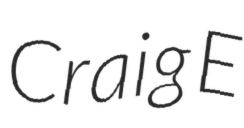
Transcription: Craig E